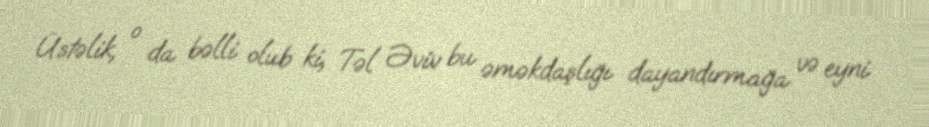
Üstəlik, o da bəlli olub ki, Təl Əviv bu əməkdaşlığı dayandırmağa və eyni